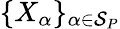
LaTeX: \{ X_{\alpha}\} _{\alpha\in\mathcal S_{P}}